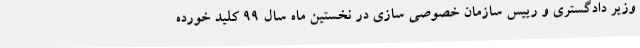
وزیر دادگستری و رییس سازمان خصوصی سازی در نخستین ماه سال 99 کلید خورده